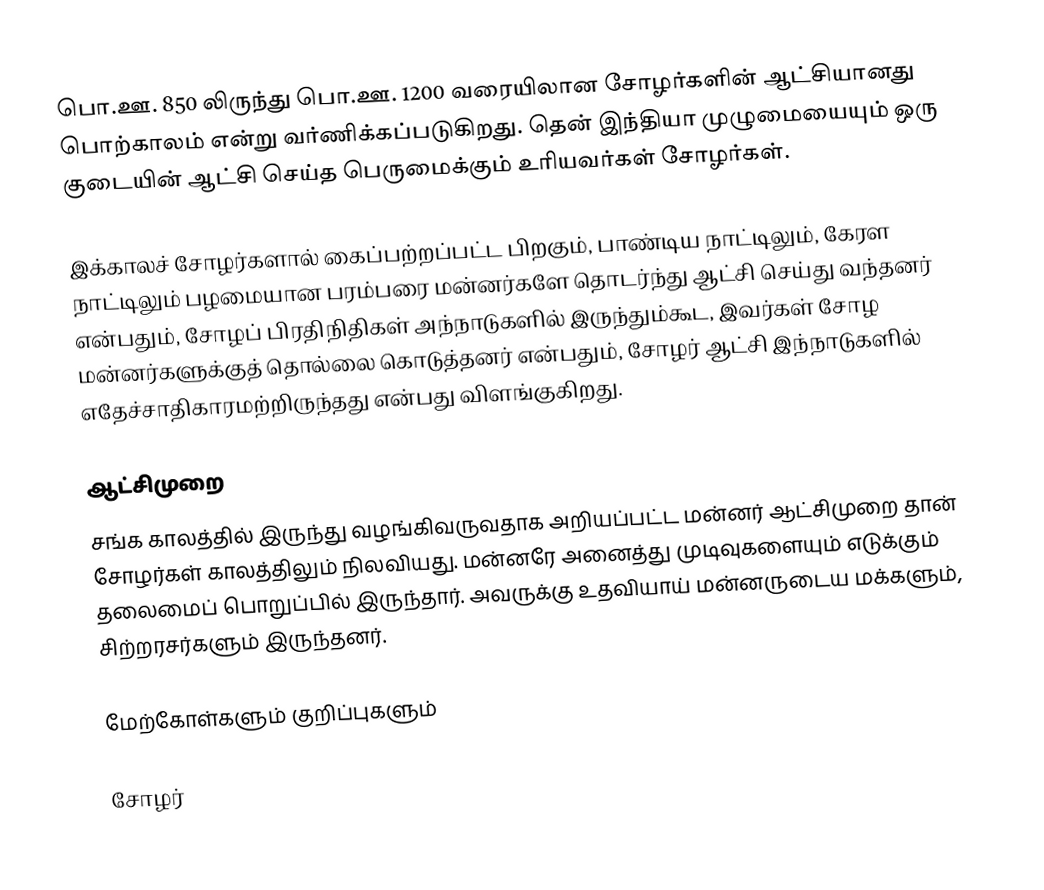
பொ.ஊ. 850 லிருந்து பொ.ஊ. 1200 வரையிலான சோழர்களின் ஆட்சியானது பொற்காலம் என்று வர்ணிக்கப்படுகிறது. தென் இந்தியா முழுமையையும் ஒரு குடையின் ஆட்சி செய்த பெருமைக்கும் உரியவர்கள் சோழர்கள்.

இக்காலச் சோழர்களால் கைப்பற்றப்பட்ட பிறகும், பாண்டிய நாட்டிலும், கேரள நாட்டிலும் பழமையான பரம்பரை மன்னர்களே தொடர்ந்து ஆட்சி செய்து வந்தனர் என்பதும், சோழப் பிரதிநிதிகள் அந்நாடுகளில் இருந்தும்கூட, இவர்கள் சோழ மன்னர்களுக்குத் தொல்லை கொடுத்தனர் என்பதும், சோழர் ஆட்சி இந்நாடுகளில் எதேச்சாதிகாரமற்றிருந்தது என்பது விளங்குகிறது.

ஆட்சிமுறை
சங்க காலத்தில் இருந்து வழங்கிவருவதாக அறியப்பட்ட மன்னர் ஆட்சிமுறை தான் சோழர்கள் காலத்திலும் நிலவியது. மன்னரே அனைத்து முடிவுகளையும் எடுக்கும் தலைமைப் பொறுப்பில் இருந்தார். அவருக்கு உதவியாய் மன்னருடைய மக்களும், சிற்றரசர்களும் இருந்தனர்.

மேற்கோள்களும் குறிப்புகளும்

சோழர்